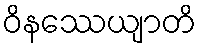
ဝိနဿေယျာတိ